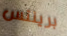
برينتس